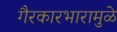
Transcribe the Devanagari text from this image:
गैरकारभारामुळे